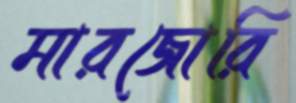
মারজোরি